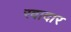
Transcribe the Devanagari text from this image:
रवादार